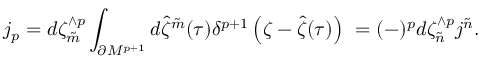
j _ { p } = d \zeta _ { \tilde { m } } ^ { \wedge p } \int _ { \partial { \cal M } ^ { p + 1 } } d { \hat { \zeta } } ^ { \tilde { m } } ( \tau ) \delta ^ { p + 1 } \left( \zeta - { \hat { \zeta } } ( \tau ) \right) ~ = ( - ) ^ { p } d \zeta _ { \tilde { n } } ^ { \wedge p } j ^ { \tilde { n } } . \qquad